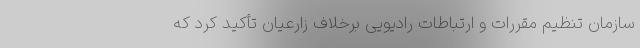
سازمان تنظیم مقررات و ارتباطات رادیویی برخلاف زارعیان تأکید کرد که